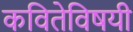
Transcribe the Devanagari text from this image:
कवितेविषयी